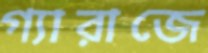
গ্যারাজে